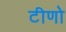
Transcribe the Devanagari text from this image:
टीणो